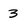
Character: 3